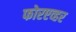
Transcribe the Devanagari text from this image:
फोरएव्हर